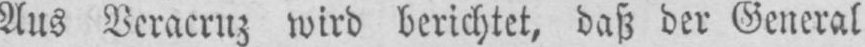
Aus Veracruz wird berichtet, daß der General